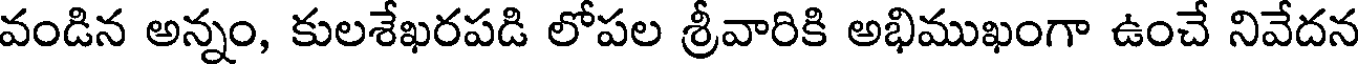
వండిన అన్నం, కులశేఖరపడి లోపల శ్రీవారికి అభిముఖంగా ఉంచే నివేదన